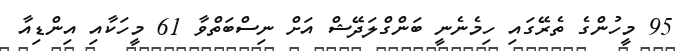
95 މީހުންގެ ތެރޭގައި ހިމެނެނީ ބަންގްލަދޭޝް އަށް ނިސްބަތްވާ 61 މީހަކާއި އިންޑިއާ